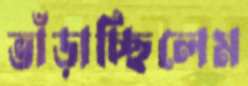
ভাঁড়াচ্ছিলেম